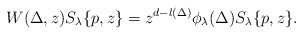
\begin{align*} W(\Delta,z)S_\lambda\{p,z\} = z^{d-l(\Delta)}\phi_\lambda(\Delta) S_\lambda\{p,z\}.\end{align*}